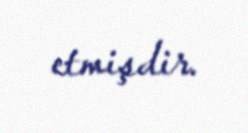
etmişdir.